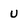
Character: u